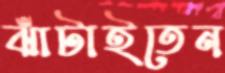
ঝাঁটাইতেন